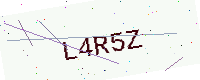
Text: L4R5Z